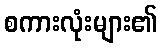
စကားလုံးများ၏